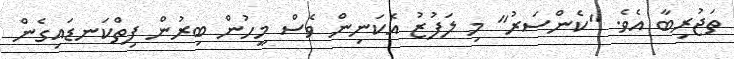
ތަޖުރިބާ އެވެ. "ކެންސަރު" މި ލަފުޒު އެކަނިން ވެސް މީހުން ބިރުން ފިތްކަނޑައިގެން